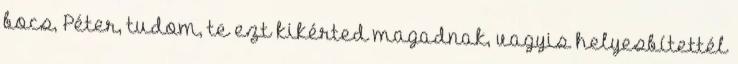
bocs, Péter, tudom, te ezt kikérted magadnak, vagyis helyesbítettél